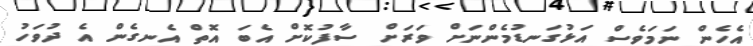
އެހެން ނަމަވެސް އަޅުގަނޑުމެންނަށް ވަރަށް ސާފުކޮށް އެބަ އޮތް އެނގެން އެ ދުވަހު